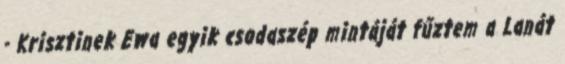
- Krisztinek Ewa egyik csodaszép mintáját fűztem a Lanát